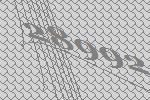
28992